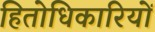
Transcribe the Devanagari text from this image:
हितोधिकारियों